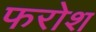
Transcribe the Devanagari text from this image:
फरोश